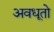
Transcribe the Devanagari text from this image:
अवधूतो